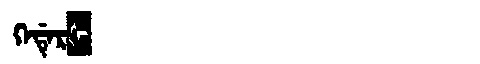
Manchu: ᡴᡝᡩᡝᡵᡧ
Romanization: KEDERŠ